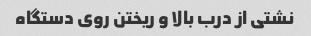
نشتی از درب بالا و ریختن روی دستگاه